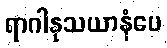
ရာဂါနုသယာနံပေ